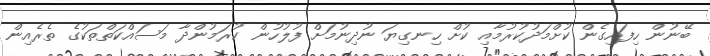
ބޭނުން ހިފައިގެން ކުށްމަދުކުރުމާއި ކުށް ހިނގިޔަ ނުދިނުމަށް ފުލުހުން ކުރަމުންދާ މަސައްކަތްތަކުގެ ތެރެއިން